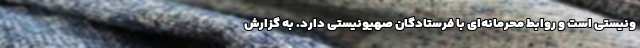
ونیستی است و روابط محرمانه‌ای با فرستادگان صهیونیستی دارد. به گزارش